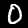
Digit: 0